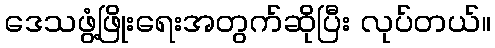
ဒေသဖွံ့ဖြိုးရေးအတွက်ဆိုပြီး လုပ်တယ်။